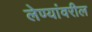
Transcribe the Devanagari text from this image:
लेण्यांवरील